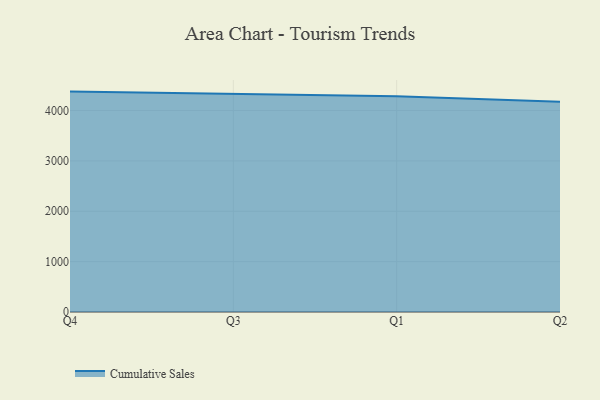
{"axis": {"x": "Quarter", "y": "Latency (ms)"}, "legend": ["Cumulative Sales"], "data": [{"x": "Q4", "y": 4376.1, "type": "Cumulative Sales"}, {"x": "Q3", "y": 4331.1, "type": "Cumulative Sales"}, {"x": "Q1", "y": 4283.2, "type": "Cumulative Sales"}, {"x": "Q2", "y": 4175.6, "type": "Cumulative Sales"}]}